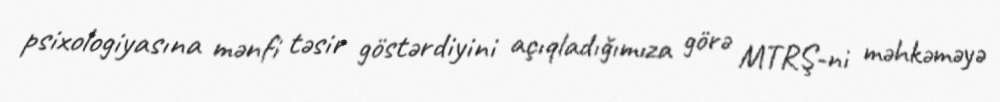
psixologiyasına mənfi təsir göstərdiyini açıqladığımıza görə MTRŞ-ni məhkəməyə